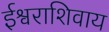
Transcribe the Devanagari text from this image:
ईश्वराशिवाय